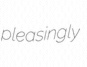
pleasingly